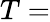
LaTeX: T=